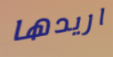
اريدها